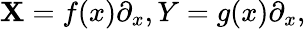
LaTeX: \mathbf{X}=f(x)\partial_{x},Y=g(x)\partial_{x},